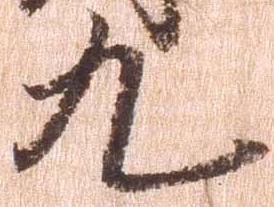
九